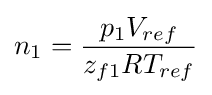
n_{1}={\frac {p_{1}V_{ref}}{z_{f1}RT_{ref}}}